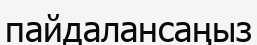
пайдалансаңыз